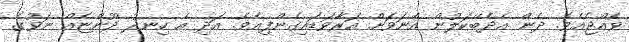
ވެއްޖެއެވެ. ދެން އެދެބޭކަލުން އެނަވަށް އަރާވަޑައިގެންފިއެވެ. އަދި އެ ހިނދު ދޫންޏެއް ނަވުގެ